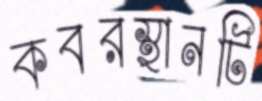
কবরস্থানটি